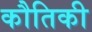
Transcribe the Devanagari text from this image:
कौतिकी